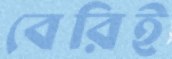
বেরিই